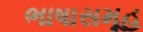
ભાષાસમૂહ